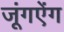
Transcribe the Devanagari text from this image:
जूंगऐंग